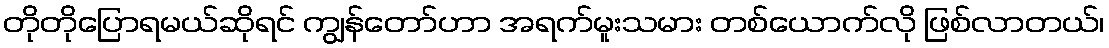
တိုတိုပြောရမယ်ဆိုရင် ကျွန်တော်ဟာ အရက်မူးသမား တစ်ယောက်လို ဖြစ်လာတယ်၊